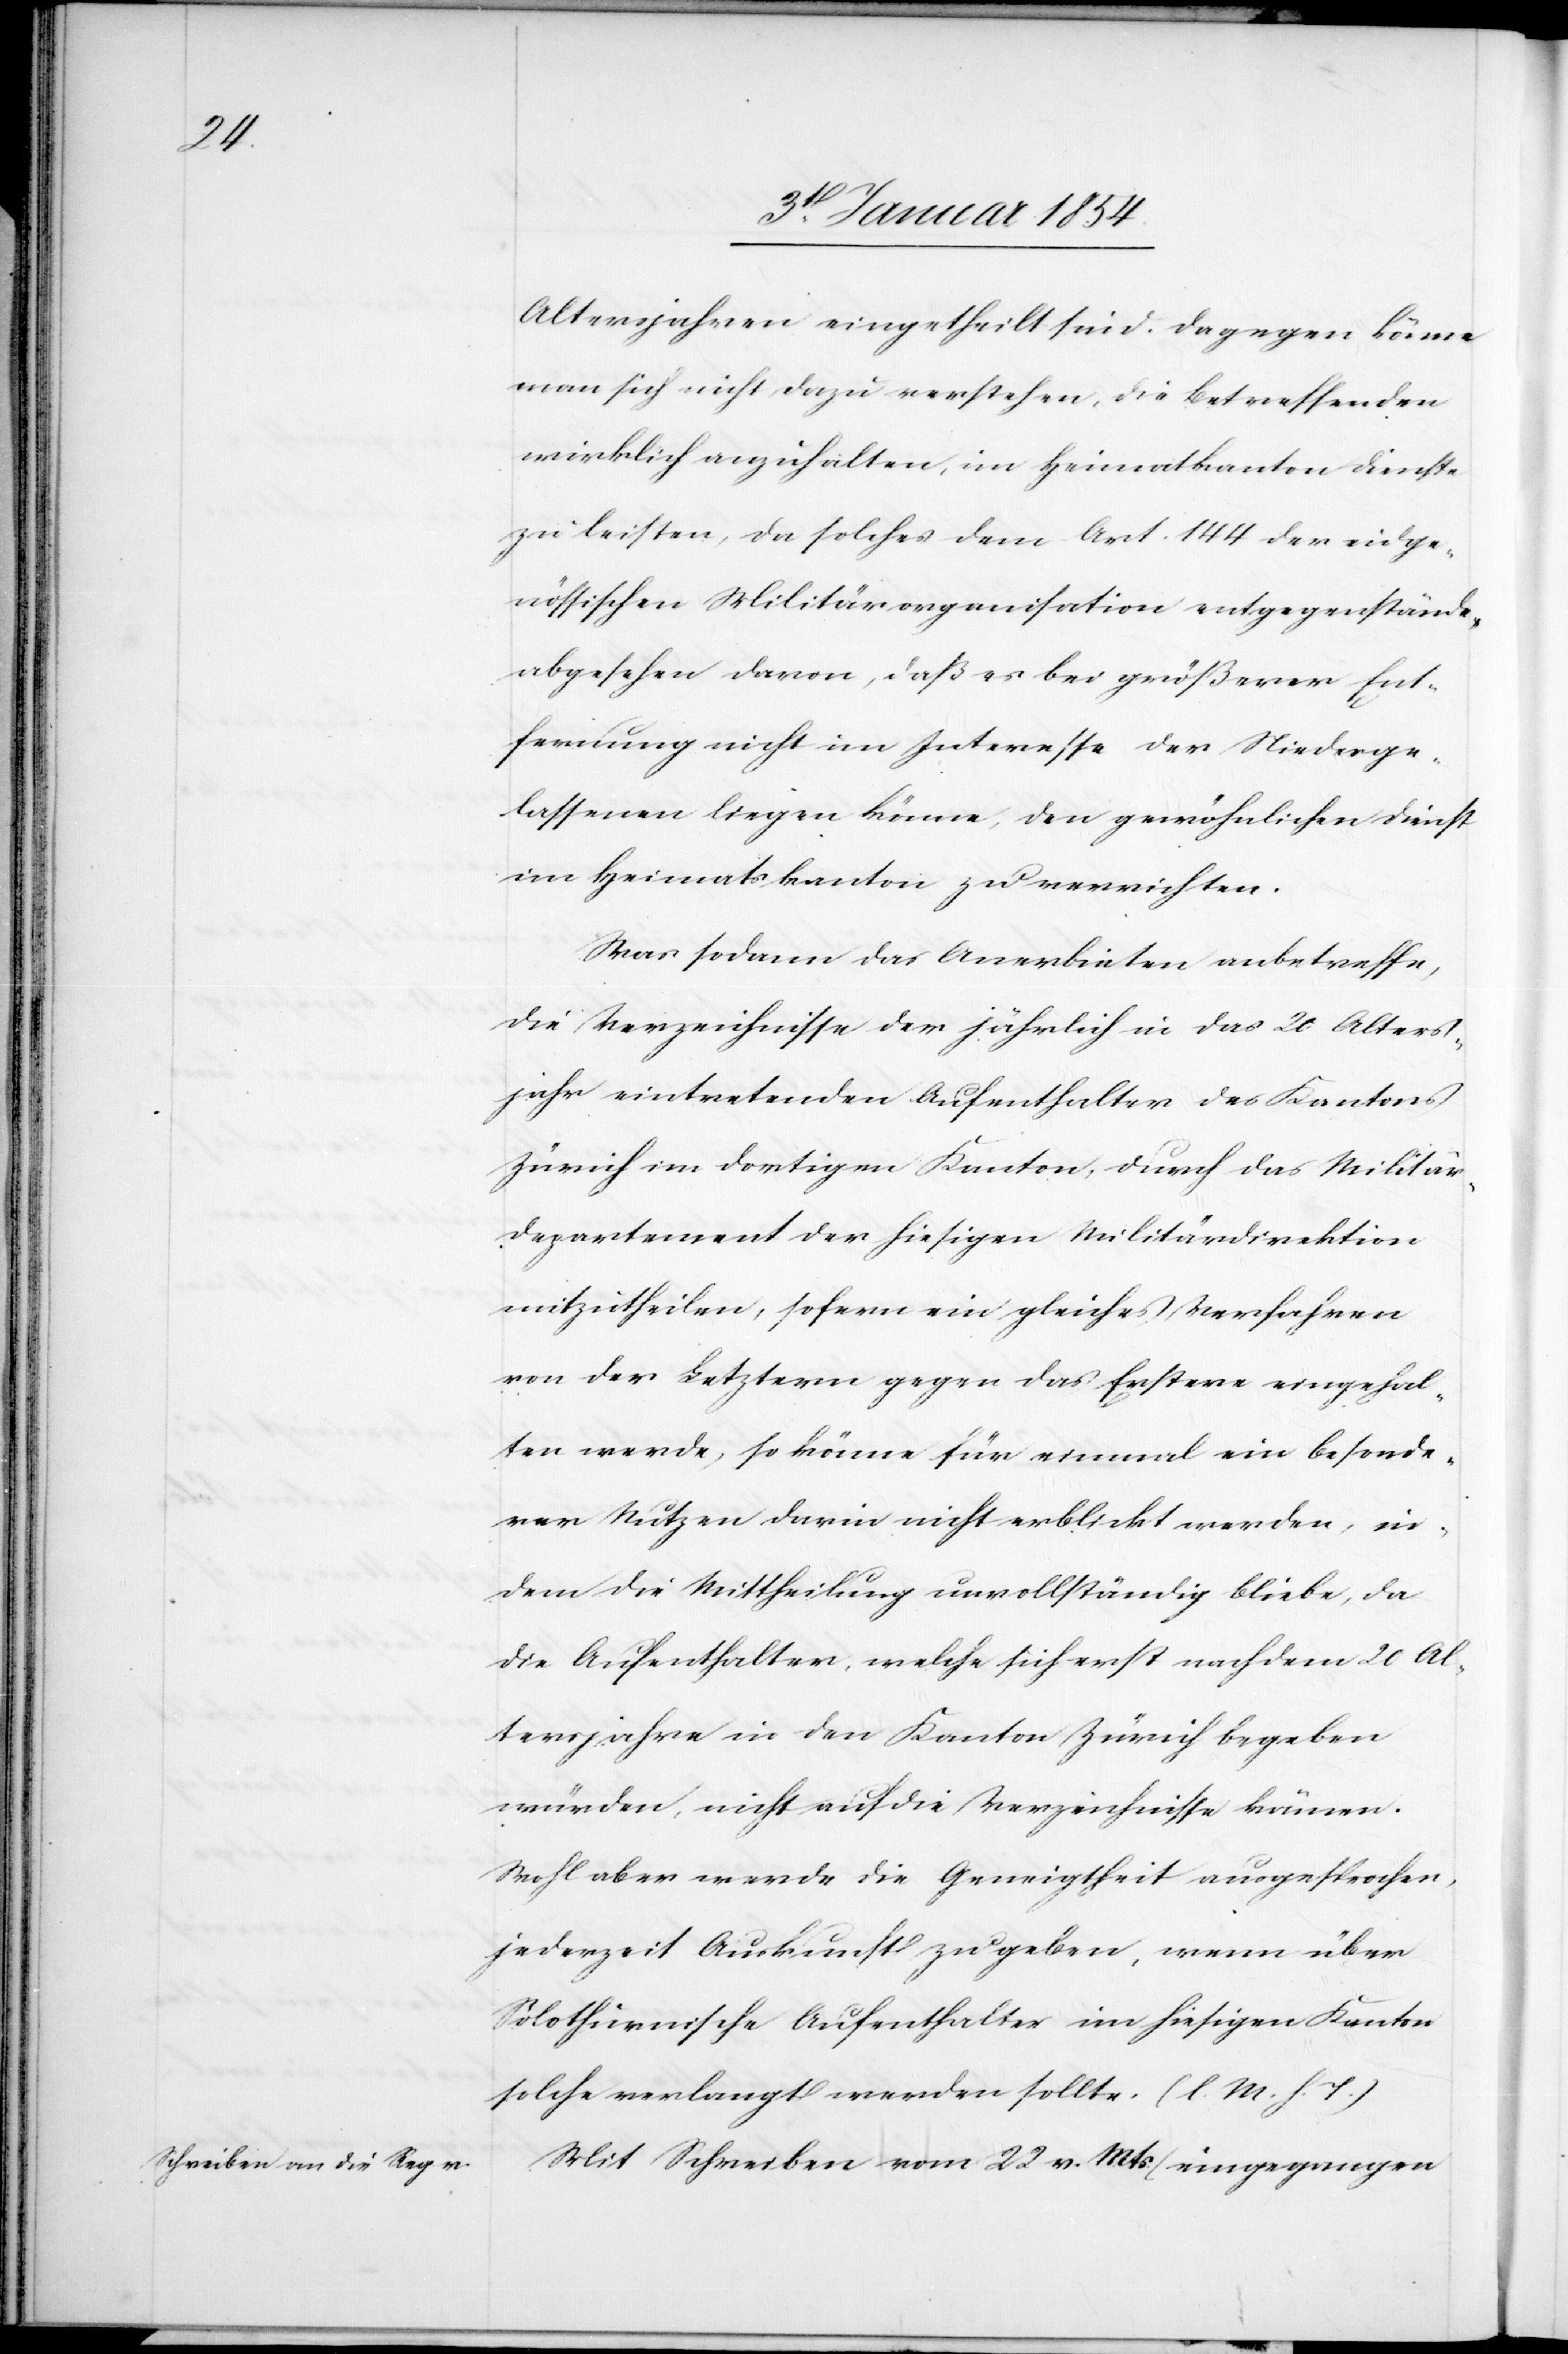
Altersjahren eingetheilt sind. Dagegen könne
man sich nicht dazu verstehen, die betreffenden
wirklich anzuhalten, im Heimatkanton Dienste
zu leisten, da solches dem Art. 144 der eidge¬
nössischen Militärorganisation entgegenstände,
abgesehen davon, daß es bei größerer Ent¬
fernung nicht im Interesse der Niederge¬
lassenen liegen könne, den gewöhnlichen Dienst
im Heimatskanton zu verrichten.
Was sodann das Anerbieten anbetreffe,
die Verzeichnisse der jährlich in das 20 Alters¬
jahr eintretenden Aufenthalter des Kantons
Zürich im dortigen Kanton, durch das Militär¬
departement der hiesigen Militärdirektion
mitzutheilen, sofern ein gleiches Verfahren
von der Letzern gegen das Erstere eingehal¬
ten werde, so könne für einmal ein besonde¬
rer Nutzen darin nicht erblickt werden, in¬
dem die Mittheilung unvollständig bliebe, da
die Aufenthalter, welche sich erst nach dem 20 Al¬
tersjahre in den Kanton Zürich begeben
würden, nicht auf die Verzeichnisse kämen.
Wohl aber werde die Geneigtheit ausgesprochen,
jederzeit Auskunft zu geben, wenn über
Solothurnische Aufenthalter im hiesigen Kanton
solche verlangt werden sollte. (l. M. h. T.)
Mit Schreiben vom 22. v. Mts. (eingegangen